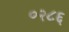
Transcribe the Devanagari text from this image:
०२८६